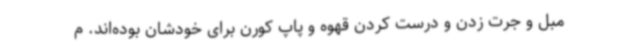
مبل و جرت زدن و درست کردن قهوه و پاپ کورن برای خودشان بوده‌اند. م